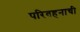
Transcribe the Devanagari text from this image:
परिवहनाची